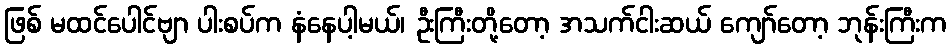
ဖြစ် မထင်ပေါင်ဗျာ ပါးစပ်က နံနေပါ့မယ်၊ ဦးကြီးတို့တော့ အသက်ငါးဆယ် ကျော်တော့ ဘုန်းကြီးက